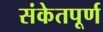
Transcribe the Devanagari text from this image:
संकेतपूर्ण